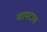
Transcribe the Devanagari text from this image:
मायटास